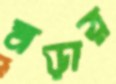
মড়ার